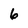
Character: 6